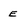
Character: E